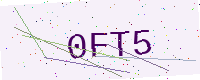
Text: 0FT5